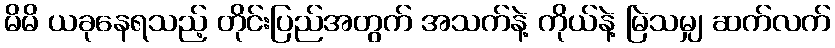
မိမိ ယခုနေရသည့် တိုင်းပြည်အတွက် အသက်နဲ့ ကိုယ်နဲ့ မြဲသမျှ ဆက်လက်